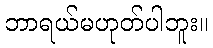
ဘာရယ်မဟုတ်ပါဘူး။